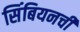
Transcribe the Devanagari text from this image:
सिंबियनची